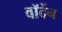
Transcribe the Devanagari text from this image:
वॉर्देन